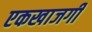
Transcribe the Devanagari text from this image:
एकखाजगी